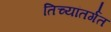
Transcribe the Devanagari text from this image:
तिच्यांतर्गत